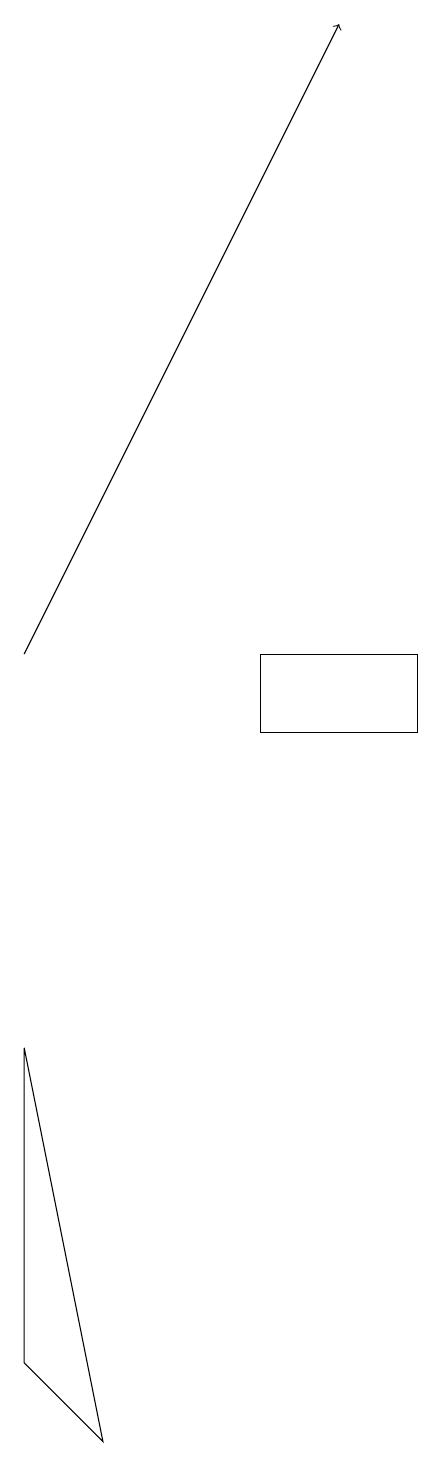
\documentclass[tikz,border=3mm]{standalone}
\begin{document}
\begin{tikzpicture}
\draw (8,10) rectangle (6,11);
\draw (3,2) -- (4,1) -- (3,6) -- cycle;
\draw[->] (3,11) -- (7,19);
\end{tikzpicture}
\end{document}